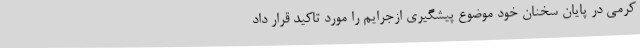
کرمی در پایان سخنان خود موضوع پیشگیری ازجرایم را مورد تاکید قرار داد